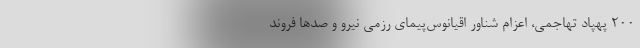
۲۰۰ پهپاد تهاجمی، اعزام شناور اقیانوس‌پیمای رزمی نیرو و صدها فروند